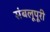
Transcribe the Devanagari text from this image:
संबलूपूरी